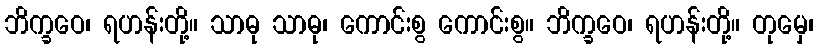
ဘိက္ခဝေ၊ ရဟန်းတို့။ သာဓု သာဓု၊ ကောင်းစွ ကောင်းစွ။ ဘိက္ခဝေ၊ ရဟန်းတို့။ တုမှေ၊